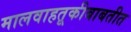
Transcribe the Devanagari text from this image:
मालवाहतूकीबाबतीत